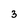
Character: 3